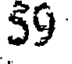
59